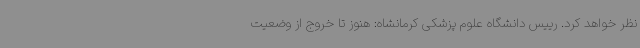
نظر خواهد کرد. رییس دانشگاه علوم پزشکی کرمانشاه: هنوز تا خروج از وضعیت